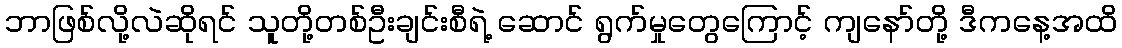
ဘာဖြစ်လို့လဲဆိုရင် သူတို့တစ်ဦးချင်းစီရဲ့ ဆောင် ရွက်မှုတွေကြောင့် ကျနော်တို့ ဒီကနေ့အထိ